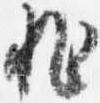
非